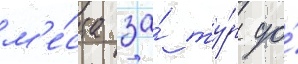
м'е́ста за́ ту́р до́